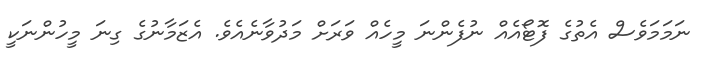
ނަމަމަވެސް އެތުގެ ފޮޓޯއެއް ނުފެންނަ މީހެއް ވަރަށް މަދުވާނެއެވެ. އެޒަމާނުގެ ގިނަ މީހުންނަކީ